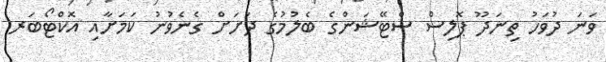
ވަނަ ދުވަހު ތިނަދޫ ޕޮލިސް ސްޓޭޝަންގެ ބެލުމުގެ ދަށަށް ގެނެވުނު ކަމަށާއި އޮކްޓޯބަރ